Vaccination United Provinces of Agra and Oudh 1902-1913 - 1902-1913
Year: 1902
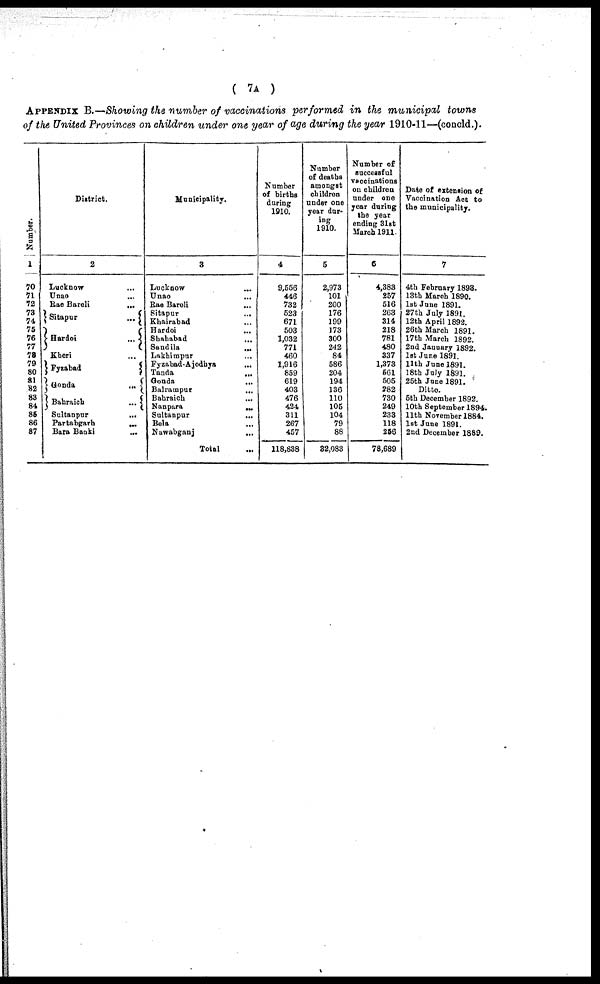
( 7A )
APPENDIX B.—Showing the number of vaccinations performed in the municipal towns
of the United Provinces on children under one year of age during the year 1910-11—(concld.).
Number.
1
70
71
72
73
74
75
76
77
78
79
80
81
82
83
84
85
86
87
District.
2
Lucknow ...
Unao ...
Rae Bareli
...
Sitapur
...
Hardoi
...
Kheri ...
Fyzabad
...
Gonda
...
Bahraich
...
Sultanpur ...
Partabgarh
...
Bara Banki ...
Municipality.
3
Lucknow
...
Unao ...
Rae Bareli ...
Sitapur
...
Khairabad ...
Hardoi ...
Shahabad ...
Sandila ...
Lakhimpur ...
Fyzabad-Ajodhya ...
Tanda ...
Gonda
...
Balrampur
...
Bahraich
...
Nanpara
...
Sultanpur
...
Bela ...
Nawabganj
...
Total ...
Number
of births
during
1910.
4
9,556
446
732
523
671
503
1,032
771
460
1,916
859
619
403
476
424
311
267
457
118,838
Number
of deaths
amongst
children
under one
year dur-
ing
1910.
5
2,973
101
200
176
199
173
300
242
84
586
204
194
136
110
105
104
79
88
32,083
Number of
successful
vaccinations
on children
under one
year during
the year
ending 31st
March 1911.
6
4,383
257
516
263
314
218
781
480
337
1,373
561
505
282
730
249
233
118
256
78,689
Date of extension of
Vaccination Act to
the municipality.
7
4th February 1893.
13th March 1890.
1st June 1891.
27th July 1891.
12th April 1892.
26th March 1891.
17th March 1892.
2nd January 1892.
1st June 1891.
11th June 1891.
18th July 1891.
25th June 1891.
Ditto.
5th December 1892.
10th September 1894.
11th November 1884.
1st June 1891.
2nd December 1889.